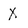
Character: X